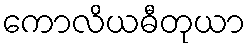
ကောလိယဓီတုယာ